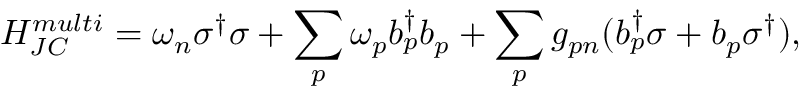
{ H } _ { J C } ^ { m u l t i } = \omega _ { n } { \sigma } ^ { \dagger } { \sigma } + \sum _ { p } \omega _ { p } { b } _ { p } ^ { \dagger } { b } _ { p } + \sum _ { p } g _ { p n } ( { b } _ { p } ^ { \dagger } { \sigma } + { b } _ { p } { \sigma } ^ { \dagger } ) ,